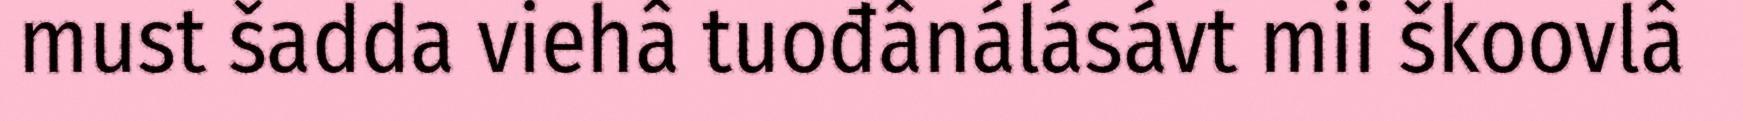
must šadda viehâ tuođânálásávt mii škoovlâ